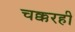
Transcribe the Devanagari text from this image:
चक्करही